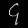
Digit: ၄